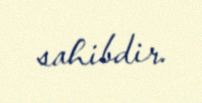
sahibdir.